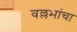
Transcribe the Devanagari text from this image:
वल्लभांचा